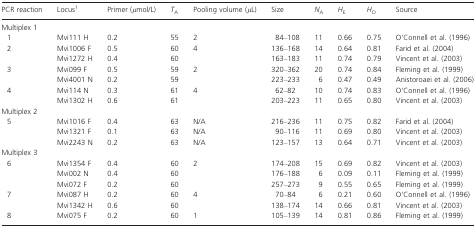
<table><thead><tr><td><b>PCR reaction</b></td><td><b>Locus1</b></td><td><b>Primer (μmol/L)</b></td><td><b><i>T</i><sub>A</sub></b></td><td><b>Pooling volume (μL)</b></td><td><b>Size</b></td><td><b><i>N</i><sub>A</sub></b></td><td><b><i>H</i><sub>E</sub></b></td><td><b><i>H</i><sub>O</sub></b></td><td><b>Source</b></td></tr></thead><tbody><tr><td colspan="10">Multiplex 1</td></tr><tr><td> 1</td><td>Mvi111 H</td><td>0.2</td><td>55</td><td>2</td><td>84–108</td><td>11</td><td>0.66</td><td>0.75</td><td>O&#x27;Connell et al. (1996)</td></tr><tr><td rowspan="2"> 2</td><td>Mvi1006 F</td><td>0.5</td><td>60</td><td rowspan="2">4</td><td>136–168</td><td>14</td><td>0.64</td><td>0.81</td><td>Farid et al. (2004)</td></tr><tr><td>Mvi1272 H</td><td>0.4</td><td>60</td><td>163–183</td><td>11</td><td>0.74</td><td>0.79</td><td>Vincent et al. (2003)</td></tr><tr><td rowspan="2"> 3</td><td>Mvi099 F</td><td>0.5</td><td>59</td><td rowspan="2">2</td><td>320–362</td><td>20</td><td>0.74</td><td>0.84</td><td>Fleming et al. (1999)</td></tr><tr><td>Mvi4001 N</td><td>0.2</td><td>59</td><td>223–233</td><td>6</td><td>0.47</td><td>0.49</td><td>Anistoroaei et al. (2006)</td></tr><tr><td rowspan="2"> 4</td><td>Mvi114 N</td><td>0.3</td><td>61</td><td rowspan="2">4</td><td>62–82</td><td>10</td><td>0.74</td><td>0.83</td><td>O&#x27;Connell et al. (1996)</td></tr><tr><td>Mvi1302 H</td><td>0.6</td><td>61</td><td>203–223</td><td>11</td><td>0.65</td><td>0.80</td><td>Vincent et al. (2003)</td></tr><tr><td colspan="10">Multiplex 2</td></tr><tr><td rowspan="3"> 5</td><td>Mvi1016 F</td><td>0.4</td><td>63</td><td>N/A</td><td>216–236</td><td>11</td><td>0.75</td><td>0.82</td><td>Farid et al. (2004)</td></tr><tr><td>Mvi1321 F</td><td>0.1</td><td>63</td><td>N/A</td><td>90–116</td><td>11</td><td>0.69</td><td>0.80</td><td>Vincent et al. (2003)</td></tr><tr><td>Mvi2243 N</td><td>0.2</td><td>63</td><td>N/A</td><td>123–157</td><td>13</td><td>0.64</td><td>0.71</td><td>Vincent et al. (2003)</td></tr><tr><td colspan="10">Multiplex 3</td></tr><tr><td rowspan="3"> 6</td><td>Mvi1354 F</td><td>0.4</td><td>60</td><td rowspan="3">2</td><td>174–208</td><td>15</td><td>0.69</td><td>0.82</td><td>Vincent et al. (2003)</td></tr><tr><td>Mvi002 N</td><td>0.4</td><td>60</td><td>176–188</td><td>6</td><td>0.09</td><td>0.11</td><td>Fleming et al. (1999)</td></tr><tr><td>Mvi072 F</td><td>0.2</td><td>60</td><td>257–273</td><td>9</td><td>0.55</td><td>0.65</td><td>Fleming et al. (1999)</td></tr><tr><td rowspan="2"> 7</td><td>Mvi087 H</td><td>0.2</td><td>60</td><td>4</td><td>70–84</td><td>6</td><td>0.21</td><td>0.60</td><td>O&#x27;Connell et al. (1996)</td></tr><tr><td>Mvi1342 H</td><td>0.6</td><td>60</td><td></td><td>138–174</td><td>14</td><td>0.66</td><td>0.81</td><td>Vincent et al. (2003)</td></tr><tr><td> 8</td><td>Mvi075 F</td><td>0.2</td><td>60</td><td>1</td><td>105–139</td><td>14</td><td>0.81</td><td>0.86</td><td>Fleming et al. (1999)</td></tr></tbody></table>